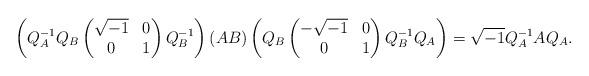
LaTeX: \begin{align*}\left(Q_A^{-1}Q_B\begin{pmatrix}\sqrt{-1} & 0\\0 & 1 \end{pmatrix}Q_B^{-1}\right)(AB)\left(Q_B\begin{pmatrix}-\sqrt{-1} & 0\\0 & 1\end{pmatrix}Q_B^{-1}Q_A\right)=\sqrt{-1}Q_A^{-1}AQ_A.\end{align*}